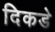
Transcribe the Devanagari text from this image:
दिकडे